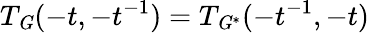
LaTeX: T_{\mathit{G}}(-t,-t^{-1})=T_{\mathit{G}^{\ast}}(-t^{-1},-t)